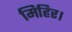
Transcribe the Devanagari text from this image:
मिहिर।